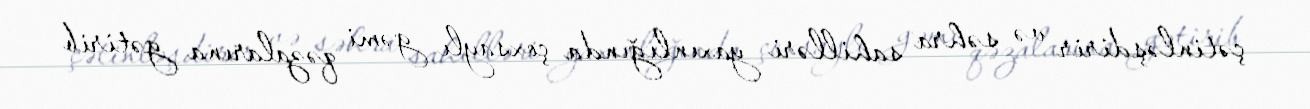
çətinləşdirir və səhra sahilləri yaxınlığında çoxsaylı gəmi qəzalarına gətirib